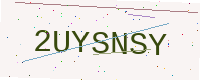
Text: 2UYSNSY